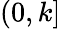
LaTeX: (0,k]